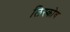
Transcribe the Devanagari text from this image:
लिस्कोव